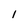
Character: 1